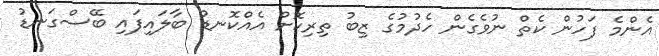
އެންމެ ފަހުން ކެތް ނުވެގެން ހެދުމުގެ ޒިބު ތިރިކޮށް އެއްކޮނޑު ބާލައިފައި ބޭސްގަނޑު